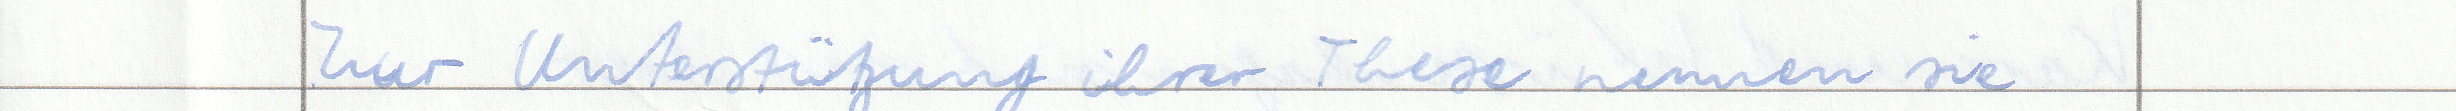
Zur Unterstützung ihrer Thesen nennen sie